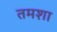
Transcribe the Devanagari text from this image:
तमशा